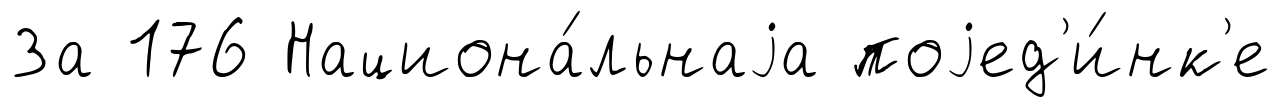
За 176 Национа́льнаjа поjед'и́нк'е